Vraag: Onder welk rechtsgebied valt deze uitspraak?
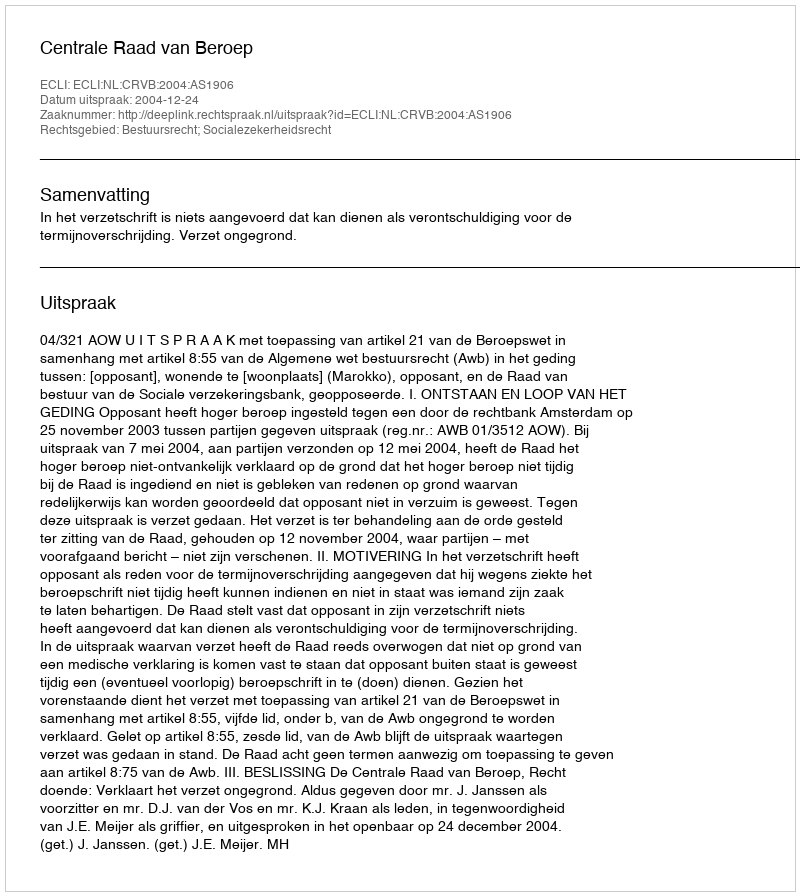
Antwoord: Bestuursrecht; Socialezekerheidsrecht